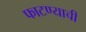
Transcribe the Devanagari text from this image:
फाटण्याची